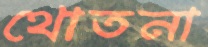
থোতনা